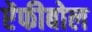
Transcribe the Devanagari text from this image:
ऐंफीबोल